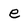
Character: e